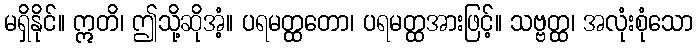
မရှိနိုင်။ ဣတိ၊ ဤသို့ဆိုအံ့။ ပရမတ္ထတော၊ ပရမတ္ထအားဖြင့်။ သဗ္ဗတ္ထ၊ အလုံးစုံသော